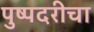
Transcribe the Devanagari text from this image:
पुष्पदरीचा